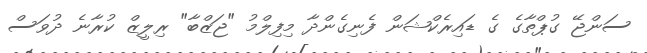
ސަންޖޭ ގުޕްތާގެ ގެ ޑައިރެކްޝަން ފެނިގެންދާ މިފިލްމު "ޖަޒްބާ" ރިލީޒް ކުރާނެ ދުވަސް